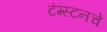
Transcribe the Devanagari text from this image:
टंग्स्टनचे